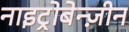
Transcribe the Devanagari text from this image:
नाइट्रोबेन्ज़ीन